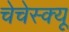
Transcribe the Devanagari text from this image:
चेचेस्क्यू